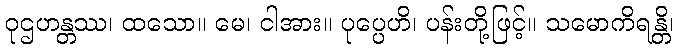
ဝုဌဟန္တဿ၊ ထသော။ မေ၊ ငါအား။ ပုပ္ပေဟိ၊ ပန်းတို့ဖြင့်။ သမောကိရန္တိ၊